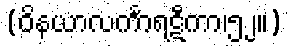
(ဝိနယာလင်္ကာရဋီကာ၊၅၂။)